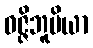
ဝဇ္ဇိဘူမိယာ